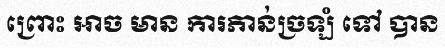
ព្រោះ អាច មាន ការភាន់ច្រឡំ ទៅ បាន